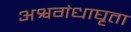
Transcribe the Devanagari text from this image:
अश्वगंधाघृता